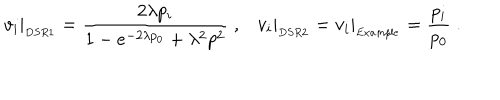
v _ { i } \vert _ { _ { D S R 1 } } = \frac { 2 \lambda p _ { i } } { 1 - e ^ { - 2 \lambda p _ { 0 } } + \lambda ^ { 2 } p ^ { 2 } } \; , v _ { i } \vert _ { _ { D S R 2 } } = v _ { i } \vert _ { _ { E x a m p l e } } = \frac { p _ { i } } { p _ { 0 } } \; .